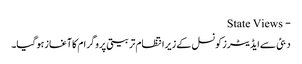
- State Views
دبئی سےایڈیٹرزکونسل کےزیرانتظام تربیتی پروگرام کاآغازہوگیا۔